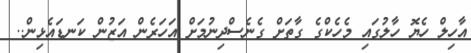
އާހިލް ހެޔޮ ހާލުގައި މެހެކްގެ ގާތަށް ގެނެސްދިނުމަށް އަހަރެން އަޒުން ކަނޑައެޅިން..